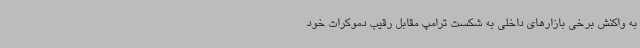
به واکنش برخی بازارهای داخلی به شکست ترامپ مقابل رقیب دموکرات خود